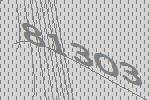
81303